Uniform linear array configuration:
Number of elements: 64
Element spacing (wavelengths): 0.5
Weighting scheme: cosine
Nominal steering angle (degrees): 45
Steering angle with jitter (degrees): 44.131
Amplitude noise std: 0.05
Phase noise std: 0.05

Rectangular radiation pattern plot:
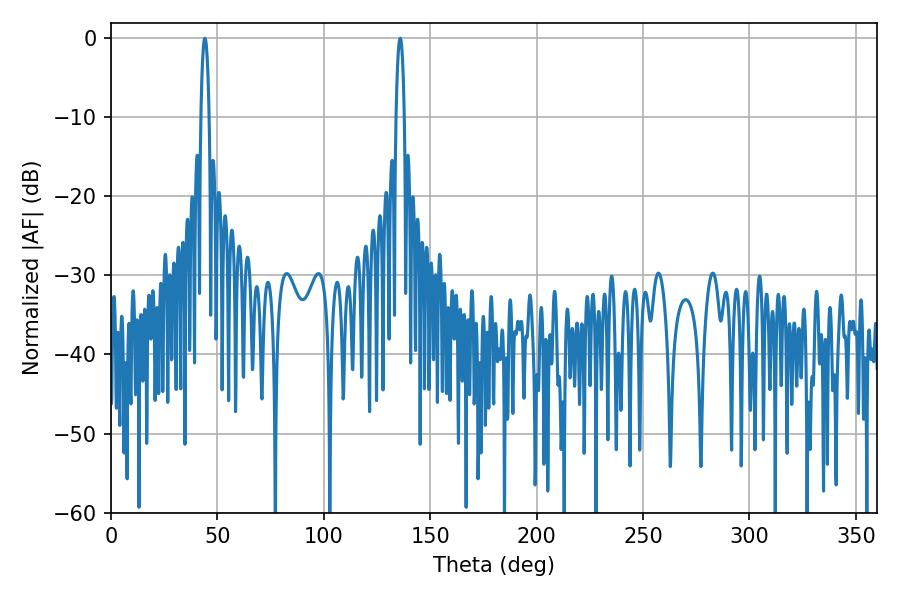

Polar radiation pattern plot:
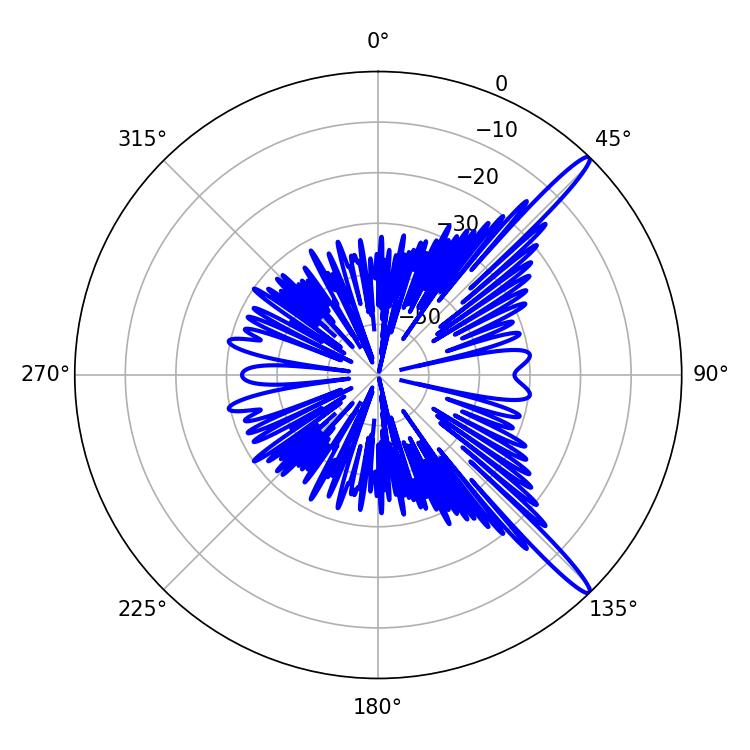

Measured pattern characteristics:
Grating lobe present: FALSE
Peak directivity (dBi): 15.174
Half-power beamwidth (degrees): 2.16
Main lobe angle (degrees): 44.1